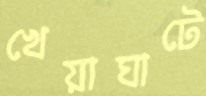
খেয়াঘাটে